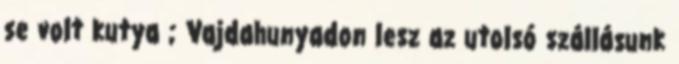
se volt kutya ; Vajdahunyadon lesz az utolsó szállásunk